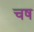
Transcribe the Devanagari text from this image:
चष